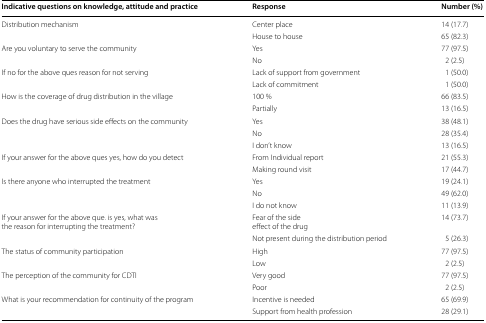
| Indicative questions on knowledge, attitude and practice | Response | Number (%) |
 | --- | --- | --- |
 | <ROWSPAN=2> Distribution mechanism | Center place | 14 (17.7) |
 | House to house | 65 (82.3) |
 | <ROWSPAN=2> Are you voluntary to serve the community | Yes | 77 (97.5) |
 | No | 2 (2.5) |
 | <ROWSPAN=2> If no for the above ques reason for not serving | Lack of support from government | 1 (50.0) |
 | Lack of commitment | 1 (50.0) |
 | <ROWSPAN=2> How is the coverage of drug distribution in the village | 100 % | 66 (83.5) |
 | Partially | 13 (16.5) |
 | <ROWSPAN=3> Does the drug have serious side effects on the community | Yes | 38 (48.1) |
 | No | 28 (35.4) |
 | I don’t know | 13 (16.5) |
 | <ROWSPAN=2> If your answer for the above ques yes, how do you detect | From Individual report | 21 (55.3) |
 | Making round visit | 17 (44.7) |
 | <ROWSPAN=3> Is there anyone who interrupted the treatment | Yes | 19 (24.1) |
 | No | 49 (62.0) |
 | I do not know | 11 (13.9) |
 | <ROWSPAN=2> If your answer for the above que. is yes, what wasthe reason for interrupting the treatment? | Fear of the sideeffect of the drug | 14 (73.7) |
 | Not present during the distribution period | 5 (26.3) |
 | <ROWSPAN=2> The status of community participation | High | 77 (97.5) |
 | Low | 2 (2.5) |
 | <ROWSPAN=2> The perception of the community for CDTI | Very good | 77 (97.5) |
 | Poor | 2 (2.5) |
 | <ROWSPAN=2> What is your recommendation for continuity of the program | Incentive is needed | 65 (69.9) |
 | Support from health profession | 28 (29.1) |